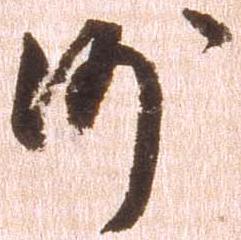
沙